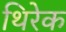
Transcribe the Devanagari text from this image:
थिरेक